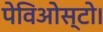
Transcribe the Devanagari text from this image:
पेविओस्टो।